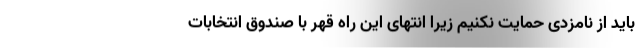
باید از نامزدی حمایت نکنیم زیرا انتهای این راه قهر با صندوق انتخابات